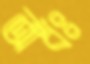
অধঃ